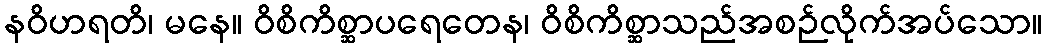
နဝိဟရတိ၊ မနေ။ ဝိစိကိစ္ဆာပရေတေန၊ ဝိစိကိစ္ဆာသည်အစဉ်လိုက်အပ်သော။